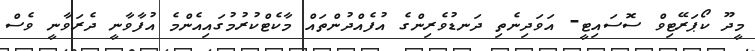
މީދޫ ކޯޕަރޭޓިވް ސޮސައިޓީ- އަވަދިނެތި ދަނޑުވެރިންގެ އުފެއްދުންތައް މާކެޓްކުރުމުގައިއެންމެ އުފާވާނީ ދެރަވާނީ ވެސް